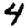
Digit: 4